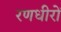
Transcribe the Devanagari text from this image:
रणधीरों